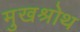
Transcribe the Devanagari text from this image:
मुखश्रोथ